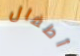
أطفال